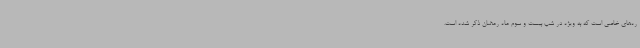
ره‌های خاصی است که به ویژه در شب بیست و سوم ماه رمضان ذکر شده است.